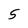
Character: 5